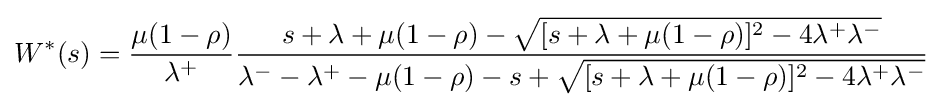
W^{\ast }(s)={\frac {\mu (1-\rho )}{\lambda ^{+}}}{\frac {s+\lambda +\mu (1-\rho )-{\sqrt {[s+\lambda +\mu (1-\rho )]^{2}-4\lambda ^{+}\lambda ^{-}}}}{\lambda ^{-}-\lambda ^{+}-\mu (1-\rho )-s+{\sqrt {[s+\lambda +\mu (1-\rho )]^{2}-4\lambda ^{+}\lambda ^{-}}}}}